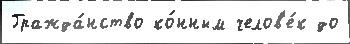
Гражда́нство ко́нным челов'е́к до